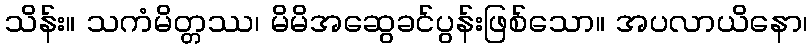
သိန်း။ သကံမိတ္တဿ၊ မိမိအဆွေခင်ပွန်းဖြစ်သော။ အပလာယိနော၊